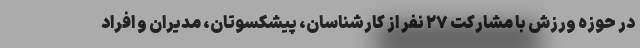
در حوزه ورزش با مشارکت ۲۷ نفر از کارشناسان، پیشکسوتان، مدیران و افراد